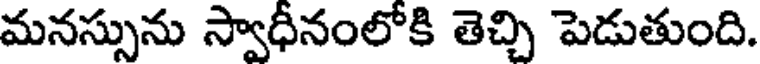
మనస్సును స్వాధీనంలోకి తెచ్చి పెడుతుంది.